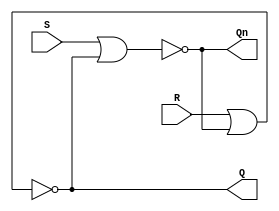
module SRLatch(
   output Q, Qn,
   input S, R
);
   assign Qn = !(S || Q);
   assign Q = !(R || Qn);
endmodule